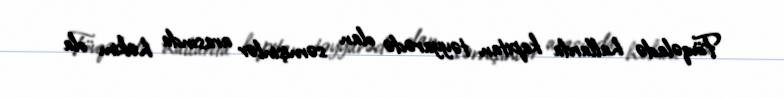
Fövqəladə hallarda kapitan təyyarədə olan sərnişinlər arasında həkim ola